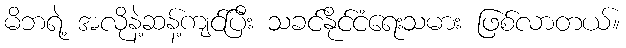
မိဘရဲ့ အလိုနဲ့ဆန့်ကျင်ပြီး သခင်နိုင်ငံရေးသမား ဖြစ်လာတယ်။